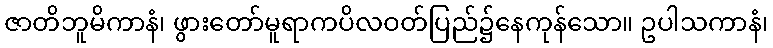
ဇာတိဘူမိကာနံ၊ ဖွားတော်မူရာကပိလဝတ်ပြည်၌နေကုန်သော။ ဥပါသကာနံ၊